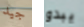
جيد يبدو